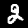
Label: 2